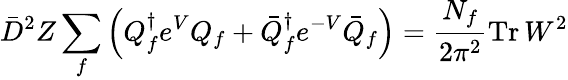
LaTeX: \bar{D}^{2}Z\sum_{f}\left({Q}_{f}^{\dagger}e^{V}{Q}_{f}+\bar{Q}_{f}^{\dagger}e^{-V}\bar{Q}_{f}\right)=\frac{N_{f}}{2\pi^{2}}\mathrm{Tr}\, W^{2}